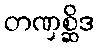
တဏှစ္ဆိဒ